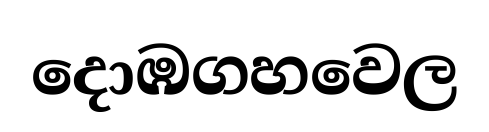
දොඹගහවෙල